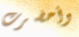
وأحضرت